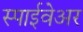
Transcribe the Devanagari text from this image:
स्पाईवेअर